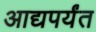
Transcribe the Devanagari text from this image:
आद्यपर्यंत